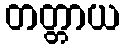
တတ္တာယ